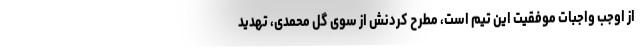
از اوجب واجبات موفقیت این تیم است، مطرح کردنش از سوی گل محمدی، تهدید